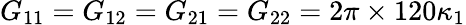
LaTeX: G_{11}=G_{12}=G_{21}=G_{22}=2\pi\times 120\kappa_{1}